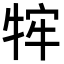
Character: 𭷡